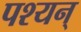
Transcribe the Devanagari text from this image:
पश्यन्